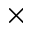
\times